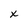
Character: x